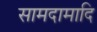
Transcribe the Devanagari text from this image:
सामदामादि